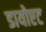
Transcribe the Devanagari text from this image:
डायोएट